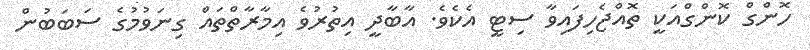
ހޮންގް ކޮންގްއަކީ ތޮއްޖެހިފައިވާ ސިޓީ އެކެވެ. އާބާދީ އިތުރުވެ އިމާރާތްތައް ގިނަވުމުގެ ސަބަބުން